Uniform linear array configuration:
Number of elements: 12
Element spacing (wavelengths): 0.5
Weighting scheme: uniform
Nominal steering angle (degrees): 60
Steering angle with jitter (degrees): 61.616
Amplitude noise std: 0.05
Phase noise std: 0.05

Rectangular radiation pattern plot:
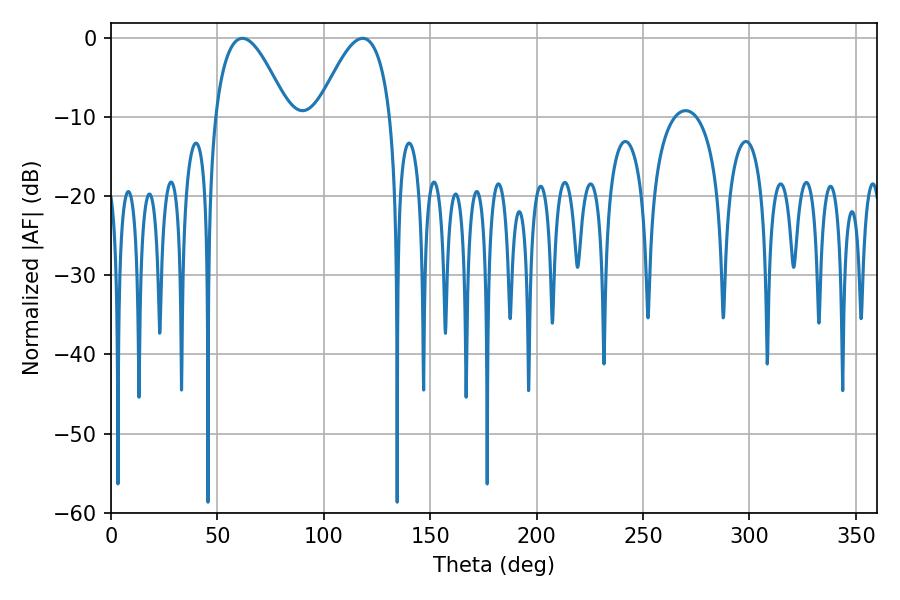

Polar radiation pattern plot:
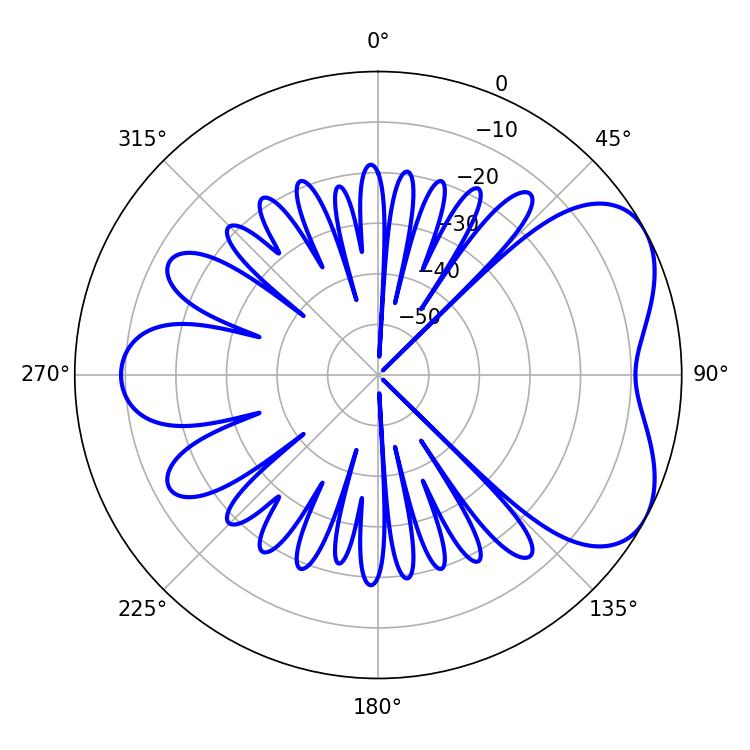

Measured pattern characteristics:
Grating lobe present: FALSE
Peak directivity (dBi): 5.236
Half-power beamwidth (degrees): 18.72
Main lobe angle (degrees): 61.74